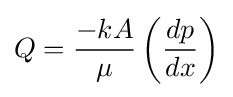
Q={\frac {-kA}{\mu }}\left({\frac {dp}{dx}}\right)